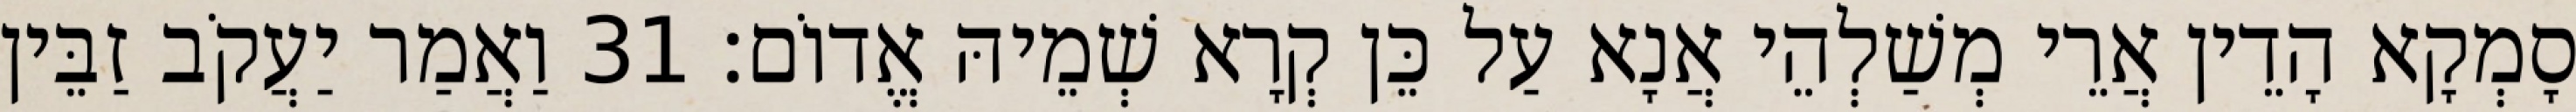
סָמְקָא הָדֵין אֲרֵי מְשַׁלְהֵי אֲנָא עַל כֵּן קְרָא שְׁמֵיהּ אֱדוֹם׃ 31 וַאֲמַר יַעֲקֹב זַבֵּין